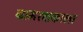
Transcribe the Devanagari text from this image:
ग्रामरक्षकाला